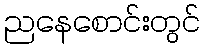
ညနေစောင်းတွင်